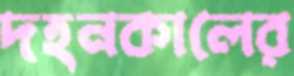
দহনকালের